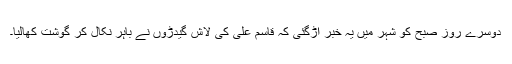
دوسرے روز صبح کو شہر میں یہ خبر اڑگئی کہ قاسم علی کی لاش گیدڑوں نے باہر نکال کر گوشت کھالیا۔